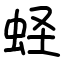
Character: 蛏